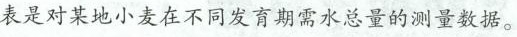
表是对某地小麦在不同发育期需水总量的测量数据。